Report on the working of the Ranchi Indian Mental Hospital, Kanke, in Bihar and Orissa - 1930-1940
Year: 1930
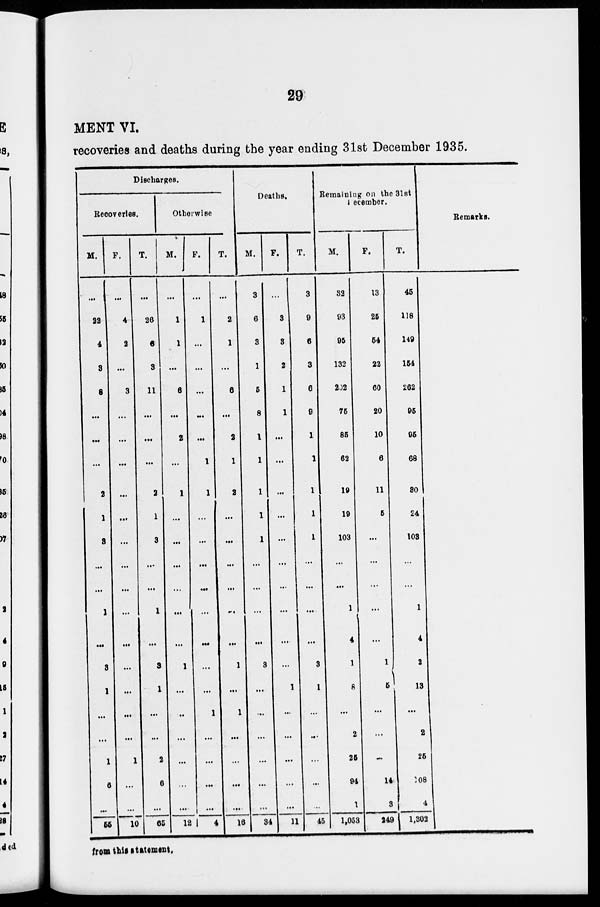
29
MENT VI.
recoveries and deaths during the year ending 31st December 1935.
Discharges.
Recoveries.
M.
...
22
4
3
8
...
...
...
2
1
3
1
..
3
1
...
1
6
...
55
F.
...
4
2
...
3
...
...
...
...
...
...
...
...
...
...
...
1
...
...
10
T.
...
26
6
3
11
...
...
...
2
1
3
1
...
3
1
...
2
6
...
65
Otherwise
M.
...
1
1
...
6
...
2
...
1
...
...
...
...
1
...
...
...
...
...
12
F.
...
1
...
...
...
...
...
1
1
...
...
...
...
...
...
1
...
...
...
4
T.
...
2
1
...
6
...
2
1
2
...
...
...
...
1
...
1
...
...
...
16
Deaths.
M.
3
6
3
1
5
8
1
1
1
1
1
...
...
3
...
...
...
...
...
34
F.
...
3
3
2
1
1
...
...
...
...
...
...
...
...
1
...
...
...
...
11
T.
3
9
6
3
6
9
1
1
1
1
1
...
...
3
1
...
...
...
...
45
Remaining on the 31st
December.
M.
32
93
95
132
202
75
85
62
19
19
103
1
4
1
8
2
25
94
1
1,053
F.
13
25
54
22
60
20
10
6
11
5
...
...
...
1
5
...
...
14
3
249
T.
45
118
149
154
262
95
95
68
30
24
103
1
4
2
13
2
25
108
4
1,302
Remarks.
from this statement.